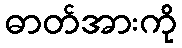
ဓာတ်အားကို